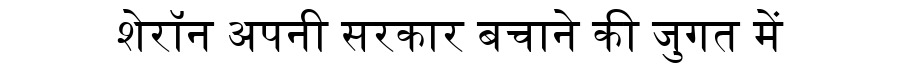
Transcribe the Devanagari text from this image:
शेरॉन अपनी सरकार बचाने की जुगत में